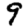
Digit: 9